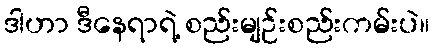
ဒါဟာ ဒီနေရာရဲ့ စည်းမျဉ်းစည်းကမ်းပဲ။